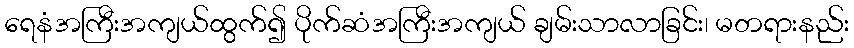
ရေနံအကြီးအကျယ်ထွက်၍ ပိုက်ဆံအကြီးအကျယ် ချမ်းသာလာခြင်း၊ မတရားနည်း